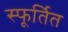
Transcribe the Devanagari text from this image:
स्फूर्तित